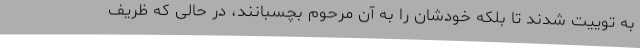
به توییت شدند تا بلکه خودشان را به آن مرحوم بچسبانند، در حالی که ظریف